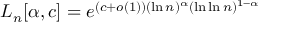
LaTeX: L _ { n } [ \alpha , c ] = e ^ { ( c + o ( 1 ) ) ( \ln n ) ^ { \alpha } ( \ln \ln n ) ^ { 1 - \alpha } }